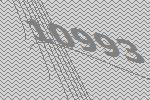
10993